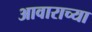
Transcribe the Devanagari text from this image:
आवाराच्या